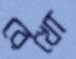
রেখো